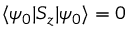
\langle \psi _ { 0 } \vert S _ { z } \vert \psi _ { 0 } \rangle = 0